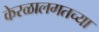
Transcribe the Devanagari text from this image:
केरळालगतच्या